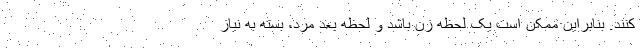
کنند. بنابراین ممکن است یک لحظه زن باشد و لحظه بعد مرد، بسته به نیاز